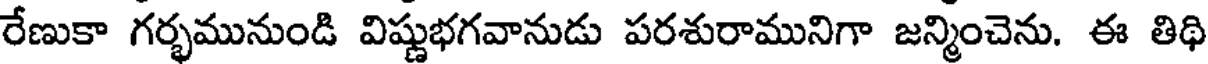
రేణుకా గర్భమునుండి విష్ణుభగవానుడు పరశురామునిగా జన్మించెను. ఈ తిథి